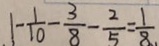
1 - \frac { 1 } { 1 0 } - \frac { 3 } { 8 } - \frac { 2 } { 5 } = \frac { 1 } { 8 }